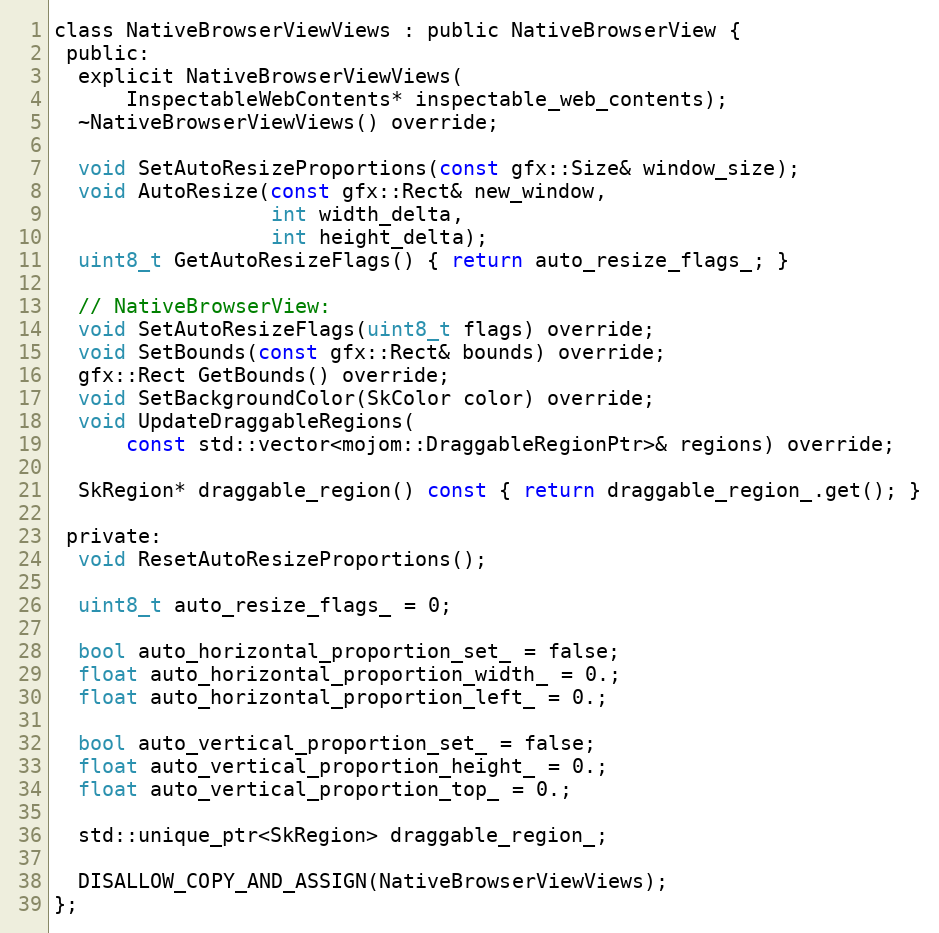
Language: C
class NativeBrowserViewViews : public NativeBrowserView {
 public:
  explicit NativeBrowserViewViews(
      InspectableWebContents* inspectable_web_contents);
  ~NativeBrowserViewViews() override;

  void SetAutoResizeProportions(const gfx::Size& window_size);
  void AutoResize(const gfx::Rect& new_window,
                  int width_delta,
                  int height_delta);
  uint8_t GetAutoResizeFlags() { return auto_resize_flags_; }

  // NativeBrowserView:
  void SetAutoResizeFlags(uint8_t flags) override;
  void SetBounds(const gfx::Rect& bounds) override;
  gfx::Rect GetBounds() override;
  void SetBackgroundColor(SkColor color) override;
  void UpdateDraggableRegions(
      const std::vector<mojom::DraggableRegionPtr>& regions) override;

  SkRegion* draggable_region() const { return draggable_region_.get(); }

 private:
  void ResetAutoResizeProportions();

  uint8_t auto_resize_flags_ = 0;

  bool auto_horizontal_proportion_set_ = false;
  float auto_horizontal_proportion_width_ = 0.;
  float auto_horizontal_proportion_left_ = 0.;

  bool auto_vertical_proportion_set_ = false;
  float auto_vertical_proportion_height_ = 0.;
  float auto_vertical_proportion_top_ = 0.;

  std::unique_ptr<SkRegion> draggable_region_;

  DISALLOW_COPY_AND_ASSIGN(NativeBrowserViewViews);
};